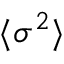
\langle { \sigma ^ { 2 } } \rangle